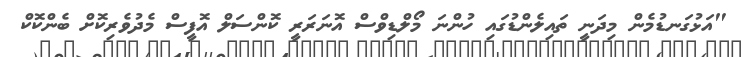
"އަޅުގަނޑުމެން މިދަނީ ތައިލެންޑުގައި ހުންނަ މޯލްޑިވްސް އޮނަރަރީ ކޮންސަލް އޮފީސް މެދުވެރިކޮށް ބެންކޮކް